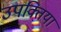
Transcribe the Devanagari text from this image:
उपक्तियां